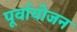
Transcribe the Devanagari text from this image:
पूर्वायोजन